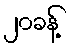
၂၀ခန့်